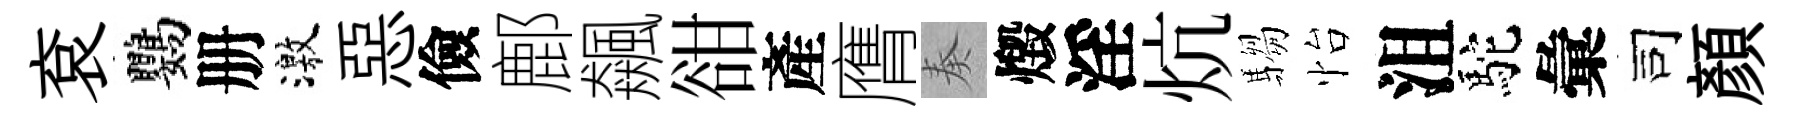
袞鸚册激惡儉鄜飆𧮳產膺奏燬淫炕騶怡沮駝彙司顔